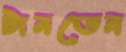
টানতেন